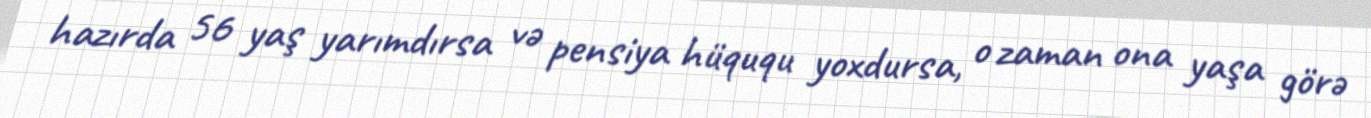
hazırda 56 yaş yarımdırsa və pensiya hüququ yoxdursa, o zaman ona yaşa görə